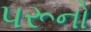
પરૂનો